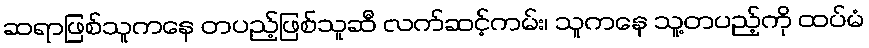
ဆရာဖြစ်သူကနေ တပည့်ဖြစ်သူဆီ လက်ဆင့်ကမ်း၊ သူကနေ သူ့တပည့်ကို ထပ်မံ